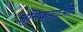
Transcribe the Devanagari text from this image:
अभिक्र्याओं